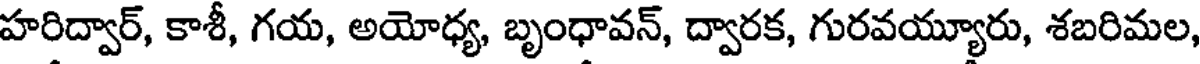
హరిద్వార్, కాశీ, గయ, అయోధ్య, బృంధావన్, ద్వారక, గురవయ్యూరు, శబరిమల,